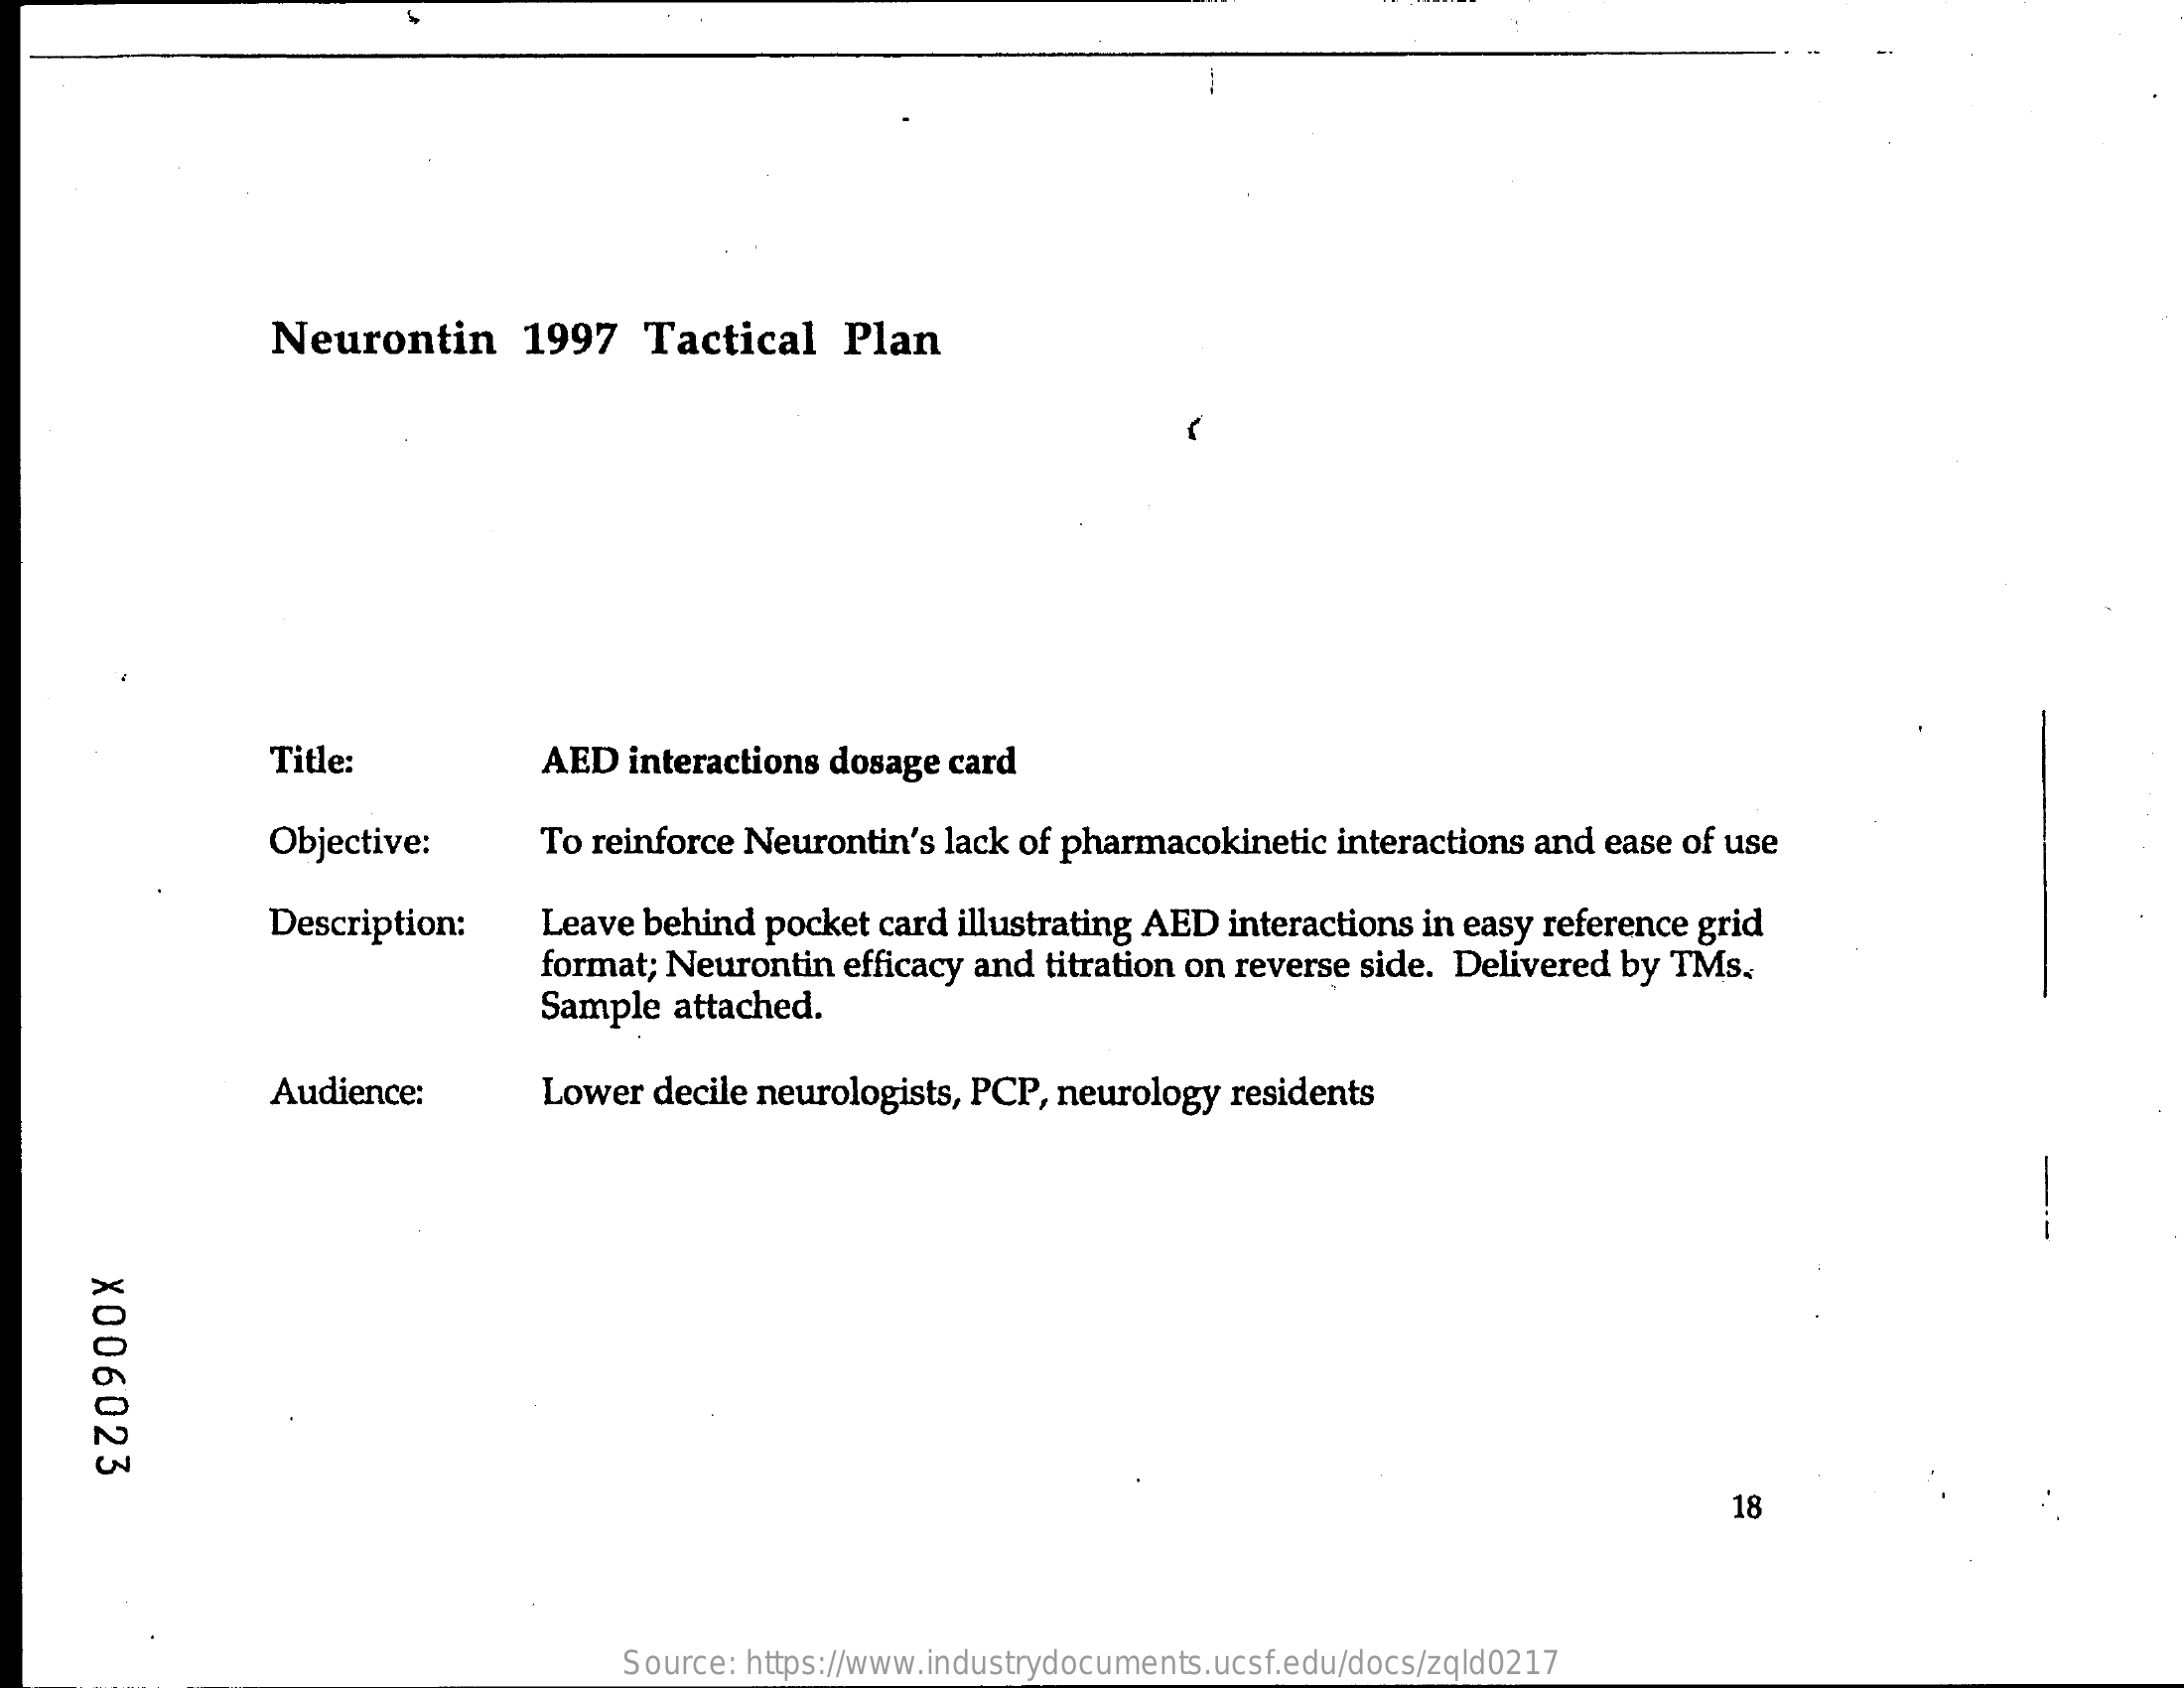
-
     Neurontin    1997  Tactical   Plan
     Title:    AED interactions dosage card
     Objective:    To reinforce Neurontin's lack of pharmacokinetic interactions and ease of use
     Description:  Leave behind pocket card illustrating AED interactions in easy reference grid
     format; Neurontin efficacy and titration on reverse side. Delivered by TMs.
     Sample attached.
     Audience:    Lower decile neurologists, PCP, neurology residents
     --
     X006023
     18
     Source: https://www.industrydocuments.ucsf.edu/docs/zqld0217